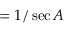
= { 1 / \sec A }